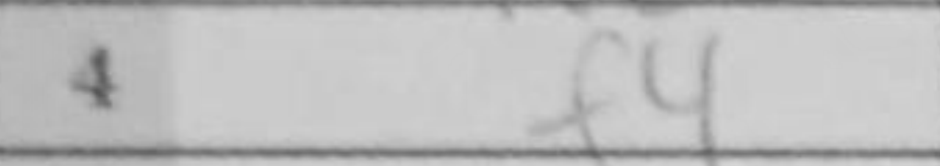
Transcription: f4